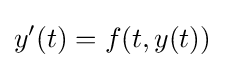
y'(t)=f(t,y(t))